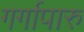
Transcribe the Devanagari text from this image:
गर्गापारु